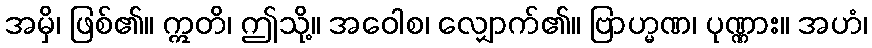
အမှိ၊ ဖြစ်၏။ ဣတိ၊ ဤသို့။ အဝေါစ၊ လျှောက်၏။ ဗြာဟ္မဏ၊ ပုဏ္ဏား။ အဟံ၊